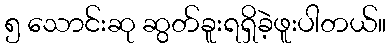
၅ သောင်းဆု ဆွတ်ခူးရရှိခဲ့ဖူးပါတယ်။